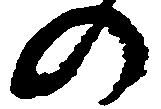
の